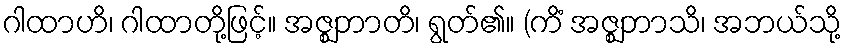
ဂါထာဟိ၊ ဂါထာတို့ဖြင့်။ အဇ္ဈဘာတိ၊ ရွတ်၏။ (ကိံ အဇ္ဈဘာသိ၊ အဘယ်သို့